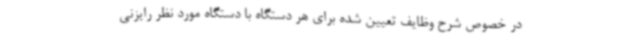
در خصوص شرح وظایف تعیین شده برای هر دستگاه با دستگاه مورد نظر رایزنی